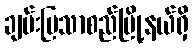
ချမ်းမြသာစည်မြို့နယ်ရှိ